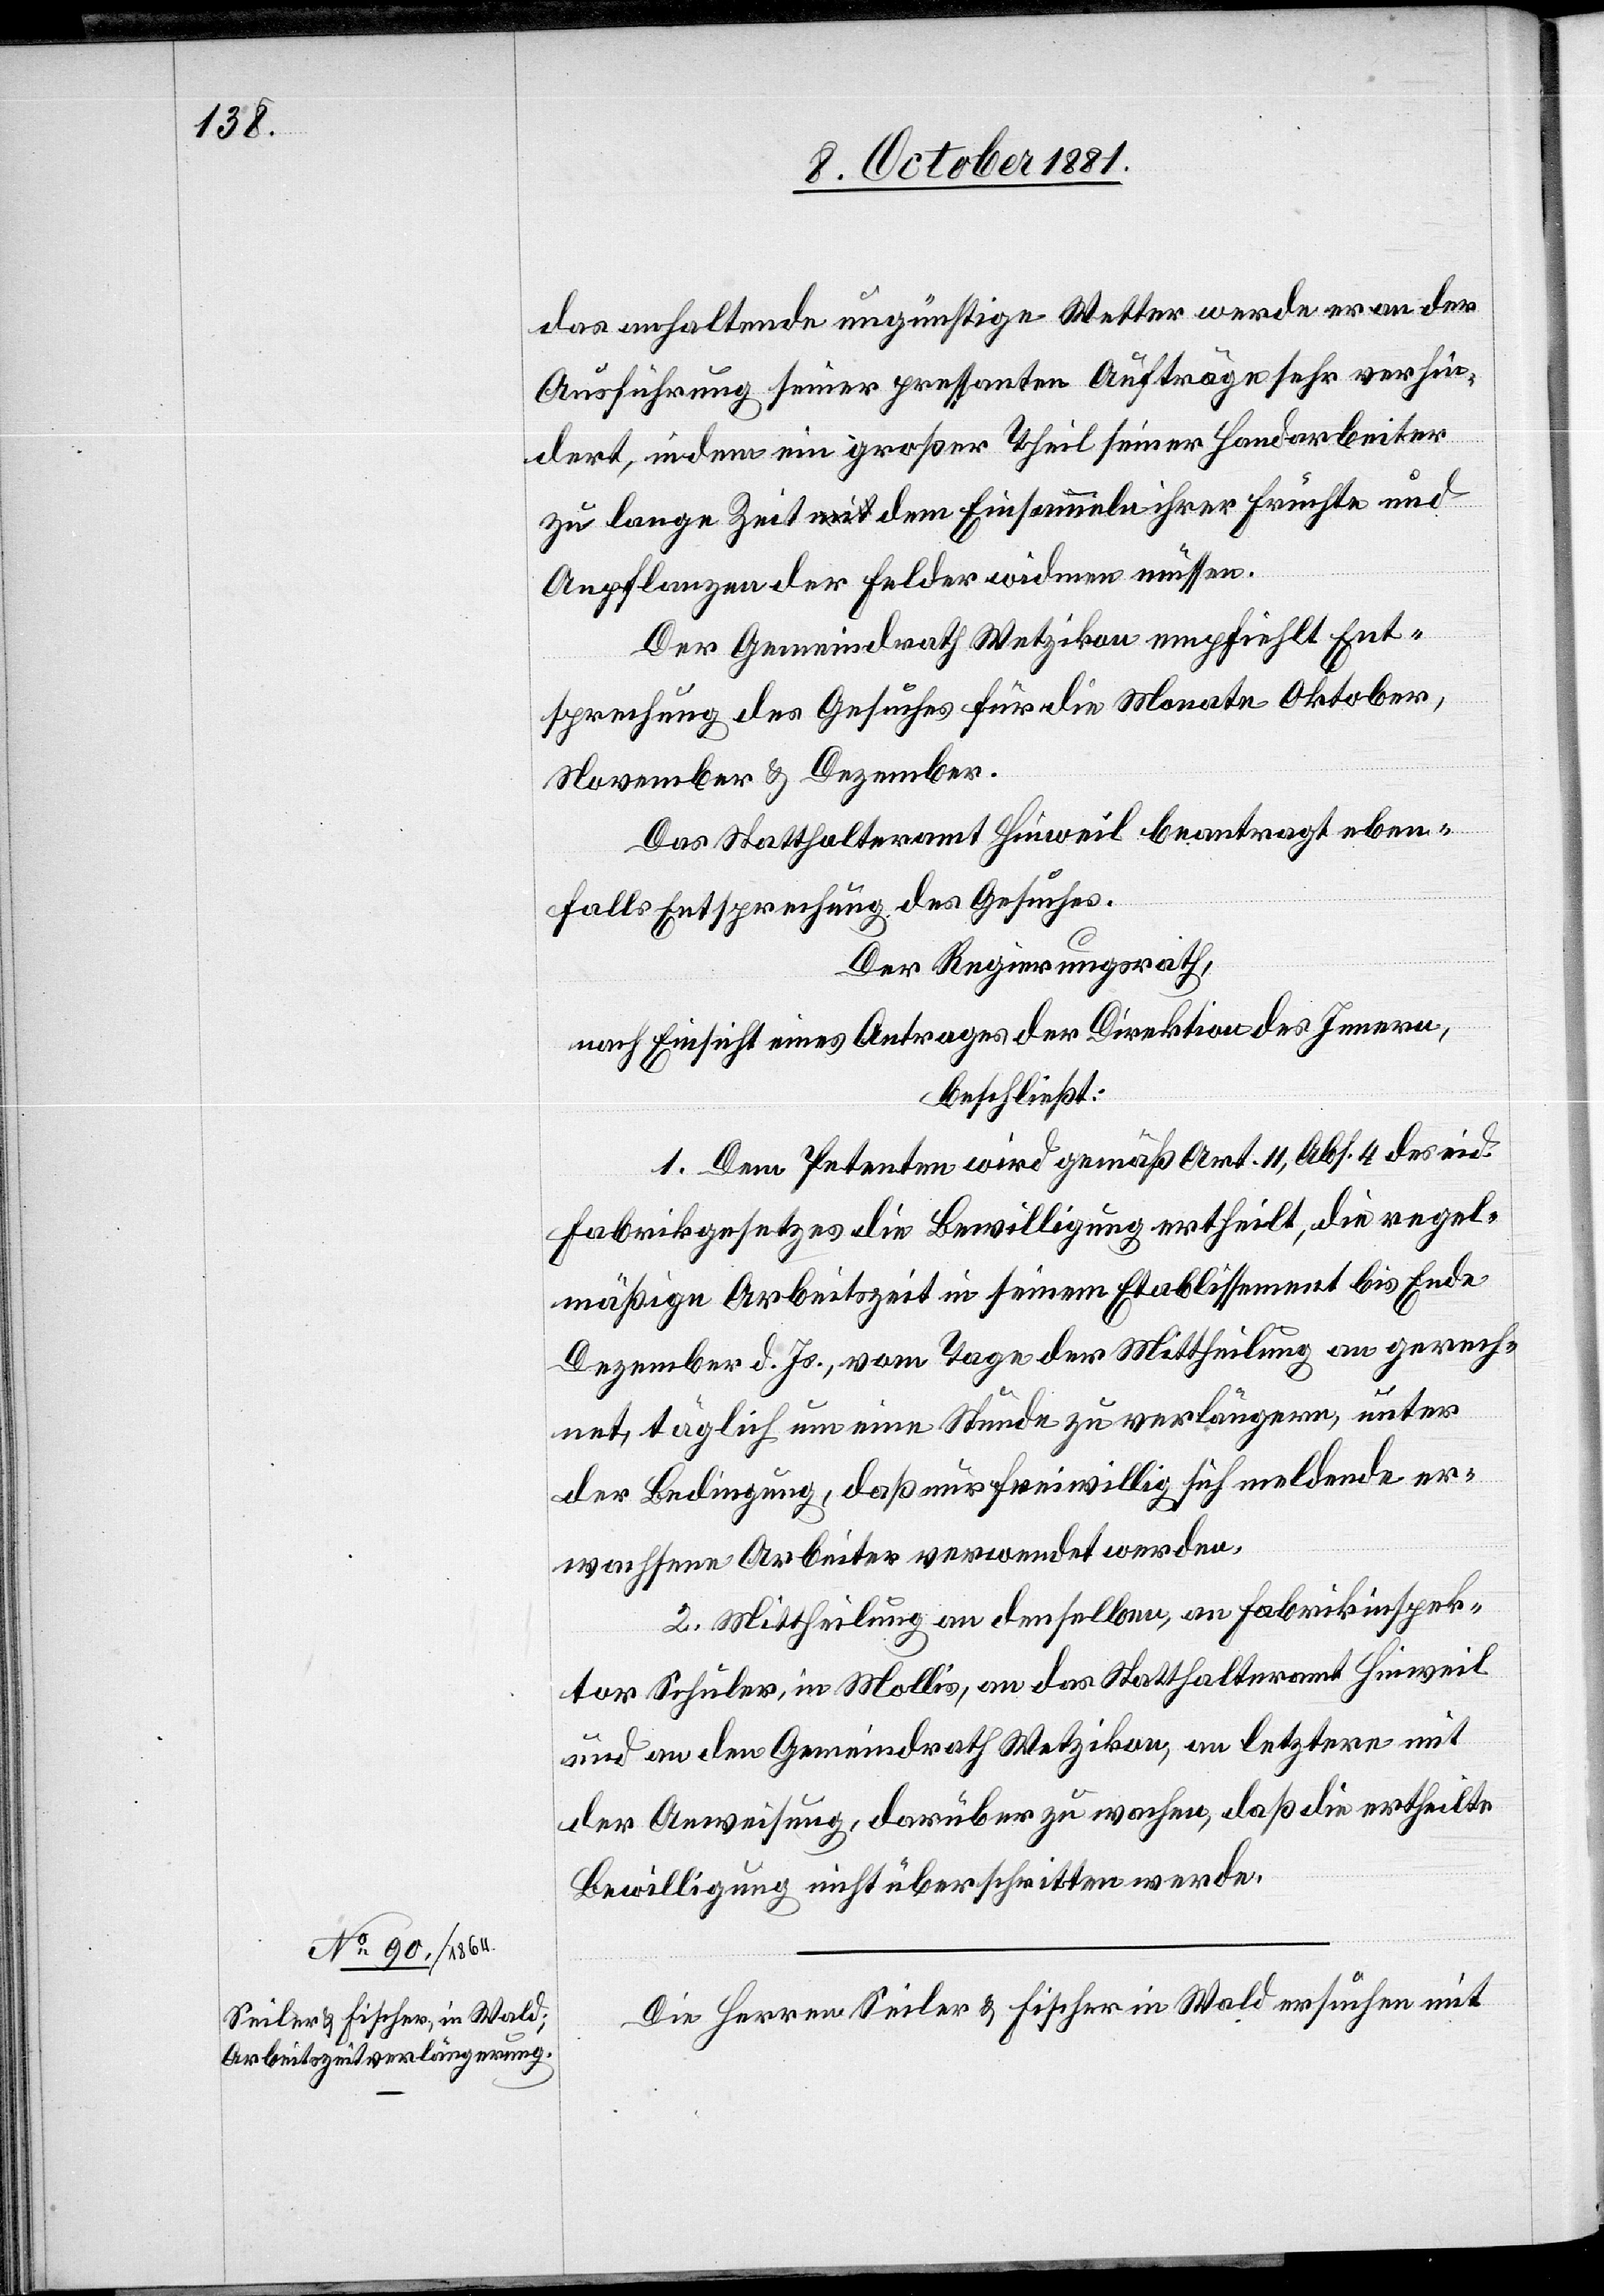
1881.]

14. October
das anhaltende ungünstige Wetter werde er an der
Ausführung seiner pressanten Aufträge sehr verhin¬
dert, indem ein großer Theil seiner Handarbeiter
zu lange Zeit dem Einsammeln ihrer Früchte und
Anpflanzen der Felder widmen müssen.
Der Gemeindrath Wetzikon empfiehlt Ent¬
sprechung des Gesuches für die Monate Oktober,
November & Dezember.
Das Statthalteramt Hinweil beantragt eben¬
falls Entsprechung des Gesuches.
Der Regierungsrath,
nach Einsicht eines Antrages der Direktion des Innern,
beschließt:
1. Dem Petenten wird gemäß Art. 11, Abs. 4 des eid.
Fabrikgesetzes die Bewilligung ertheilt, die regel¬
mäßige Arbeitszeit in seinem Etablissement bis Ende
Dezember d. Js., vom Tage der Mittheilung an gerech¬
net, täglich um eine Stunde zu verlängern, unter
der Bedingung, daß nur freiwillig sich meldende er¬
wachsene Arbeiter verwendet werden.
2. Mittheilung an denselben, an Fabrikinspek¬
tor Schuler, in Mollis, an das Statthalteramt Hinweil
und an den Gemeindrath Wetzikon, an letztern mit
der Anweisung, darüber zu wachen, daß die ertheilte
Bewilligung nicht überschritten werde.
Die Herren Seiler & Fischer in Wald ersuchen mit